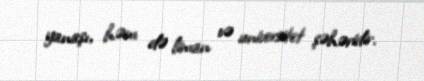
yanaşı, həm də liman və universitet şəhəridir.